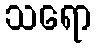
သရော